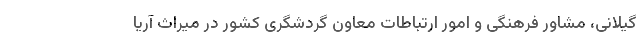
گیلانی، مشاور فرهنگی و امور ارتباطات معاون گردشگری کشور در میراث آریا